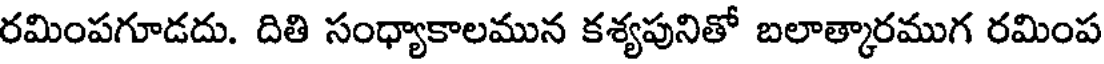
రమింపగూడదు. దితి సంధ్యాకాలమున కశ్యపునితో బలాత్కారముగ రమింప